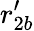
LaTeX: r_{2b}^{\prime}